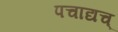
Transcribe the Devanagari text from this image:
पचाद्यच्